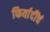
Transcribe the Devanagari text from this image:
फिर्यादींचं